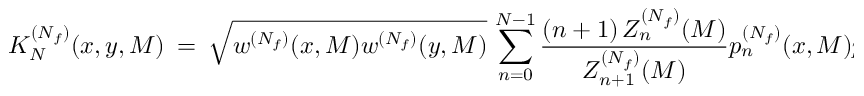
K _ { N } ^ { ( N _ { f } ) } ( x , y , M ) \ = \ \sqrt { w ^ { ( N _ { f } ) } ( x , M ) w ^ { ( N _ { f } ) } ( y , M ) } \, \sum _ { n = 0 } ^ { N - 1 } \frac { ( n + 1 ) \, Z _ { n } ^ { ( N _ { f } ) } ( M ) } { Z _ { n + 1 } ^ { ( N _ { f } ) } ( M ) } p _ { n } ^ { ( N _ { f } ) } ( x , M ) p _ { n } ^ { ( N _ { f } ) } ( y , M ) \ .